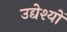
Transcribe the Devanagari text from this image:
उद्येश्यों